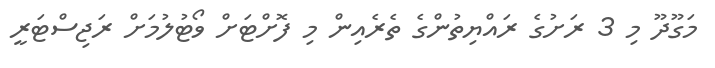
މަގޫދޫ މި 3 ރަށުގެ ރައްޔިތުންގެ ތެރެއިން މި ފޮށްޓަށް ވޯޓުލުމަށް ރަޖިސްޓަރީ